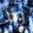
ولا